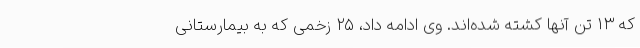
که ۱۳ تن آنها کشته شده‌اند. وی ادامه داد، ۲۵ زخمی که به بیمارستانی